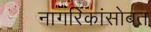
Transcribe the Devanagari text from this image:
नागरिकांसोबत